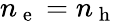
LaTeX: n_{\mathrm{~e~}}=n_{\mathrm{~h~}}